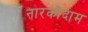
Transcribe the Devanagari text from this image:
नारकोदाम